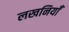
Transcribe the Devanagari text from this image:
लखनियाँ